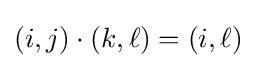
(i,j)\cdot (k,\ell )=(i,\ell )